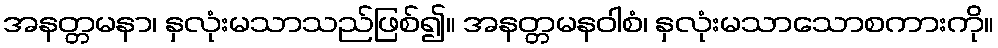
အနတ္တမနာ၊ နှလုံးမသာသည်ဖြစ်၍။ အနတ္တမနဝါစံ၊ နှလုံးမသာသောစကားကို။